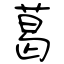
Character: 葛